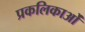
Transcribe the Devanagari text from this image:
प्रकलिकाओं